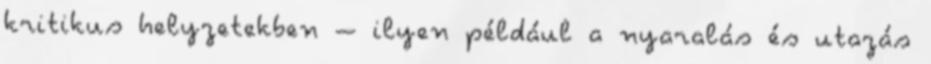
kritikus helyzetekben – ilyen például a nyaralás és utazás